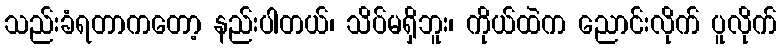
သည်းခံရတာကတော့ နည်းပါတယ်၊ သိပ်မရှိဘူး၊ ကိုယ်ထဲက ညောင်းလိုက် ပူလိုက်